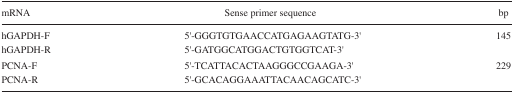
<table><thead><tr><td><b>mRNA</b></td><td><b>Sense primer sequence</b></td><td><b>bp</b></td></tr></thead><tbody><tr><td>hGAPDH-F</td><td>5′-GGGTGTGAACCATGAGAAGTATG-3′</td><td>145</td></tr><tr><td>hGAPDH-R</td><td>5′-GATGGCATGGACTGTGGTCAT-3′</td><td></td></tr><tr><td>PCNA-F</td><td>5′-TCATTACACTAAGGGCCGAAGA-3′</td><td>229</td></tr><tr><td>PCNA-R</td><td>5′-GCACAGGAAATTACAACAGCATC-3′</td><td></td></tr></tbody></table>